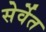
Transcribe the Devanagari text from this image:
सेर्वेत